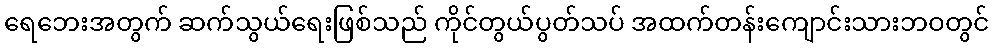
ရေဘေးအတွက် ဆက်သွယ်ရေးဖြစ်သည် ကိုင်တွယ်ပွတ်သပ် အထက်တန်းကျောင်းသားဘဝတွင်